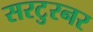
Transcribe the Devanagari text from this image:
सरटुरनर